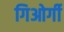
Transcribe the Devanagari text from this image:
गिओर्गी